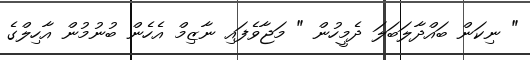
" ނިކަން ބައްދާލަބަލަ ދެމީހުން " މަޖާވެފައި ނާޒިމް އެހެން ބުނުމުން އާހިލްގެ